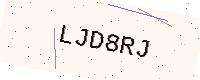
Text: LJD8RJ